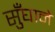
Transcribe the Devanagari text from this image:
सुँघाने